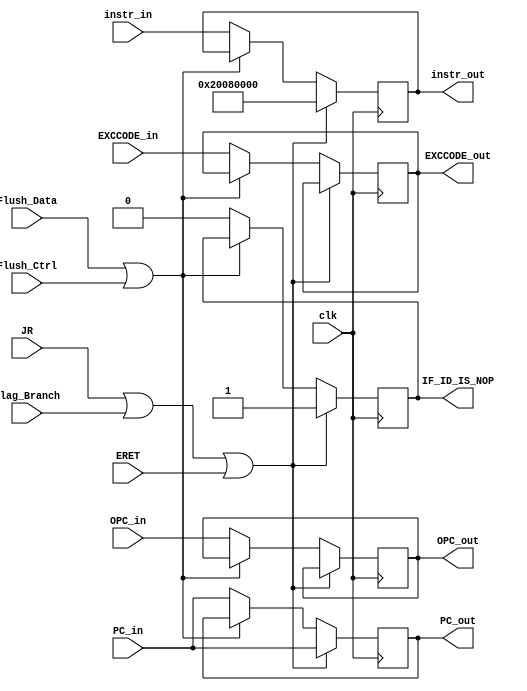
/*  
    in_size: 1+32+32 = 65-bit
    out_size: 16+32 = 48-bit (X) 32PC
    PCBEQ(X)
*/
module IF_ID (
    input  clk,
    input  [31:0] PC_in,
    input  [31:0] instr_in,
    // input  [31:0] PC_old,
    // input  [31:0] instr_old,
    input  Flush_Data,
    input  Flush_Ctrl,
    input  JR,
    input  ERET,
    input  Flag_Branch,
    input [31:0]OPC_in,//**
    input [4:0]EXCCODE_in,//#
    
    
    output reg [31:0] PC_out,
    output reg [31:0] instr_out,
    output reg        IF_ID_IS_NOP,
    output reg [31:0] OPC_out,//**
    output reg [4:0]EXCCODE_out//#
);
    always @(posedge clk) begin
        if(JR || Flag_Branch || ERET)// NOPJRJRID
        begin
            PC_out <= PC_in;
            instr_out <= 32'h20080000;
            IF_ID_IS_NOP <= 1;
        end
        else if(!(Flush_Data || Flush_Ctrl))
        begin
            PC_out    <= PC_in;
            instr_out <= instr_in;
            IF_ID_IS_NOP <= 0;
            OPC_out <=OPC_in;//**
            EXCCODE_out <=EXCCODE_in;//#
        end
    end

//   always @(*) begin
//     if(Flush)
//     begin
//         instr_out <= 32'b0;
//         PC_out    <= 32'b0;
//     end

//   end

endmodule //IF_ID